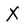
Character: X